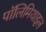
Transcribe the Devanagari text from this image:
पॉलिमिथाइल